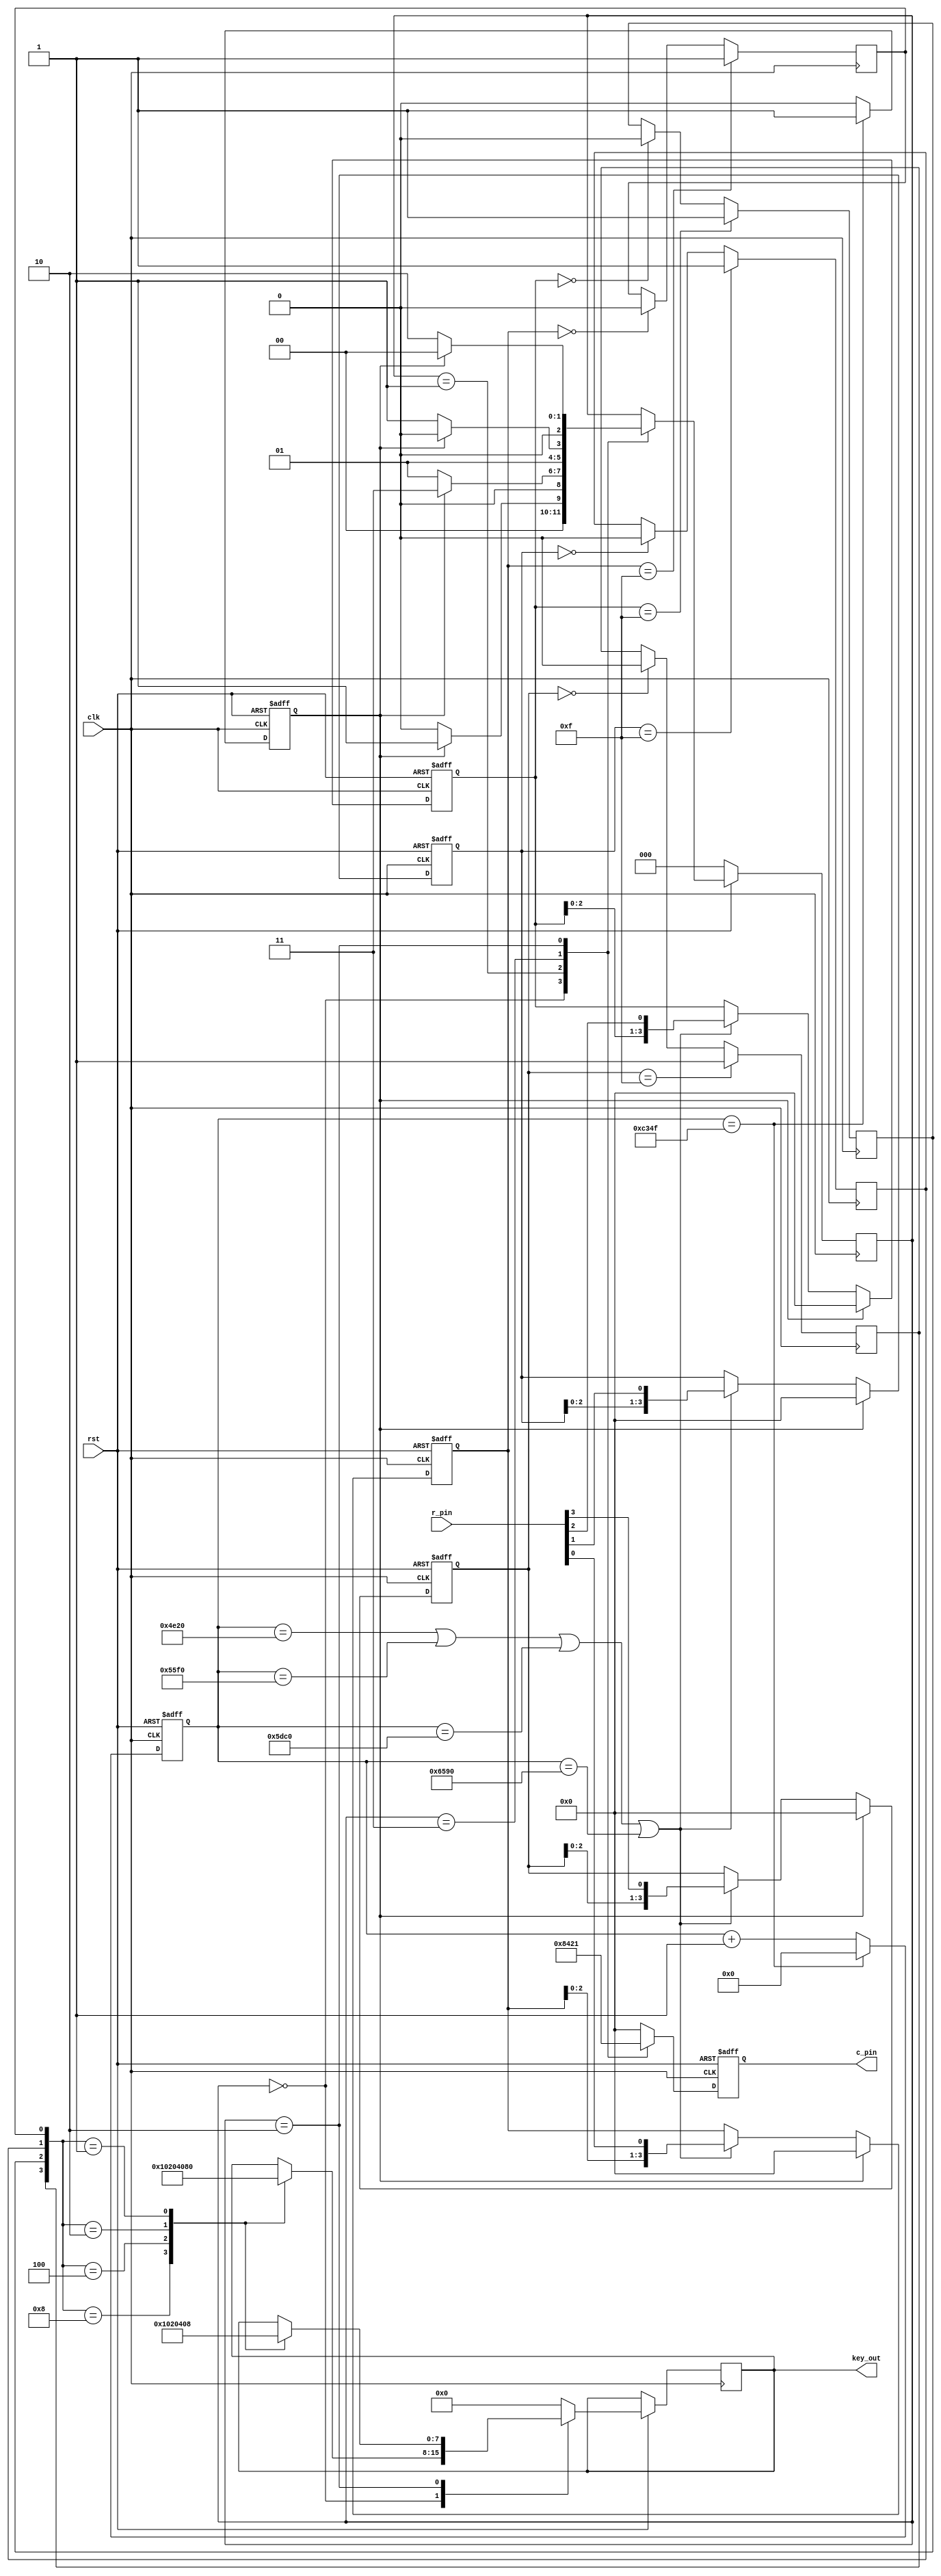
`timescale 1ns / 1ps

module keycontrol(
    input               clk,
    input               rst,
    output reg[3:0]     c_pin,
    input[3:0]          r_pin,
    output reg[7:0]     key_out

  );
  reg[2:0]          state;
  reg[15:0] 		div_cnt;
  reg				cnt_full;
  localparam        CHECK_R1=3'b000;
  localparam        CHECK_R2=3'b001;
  localparam        CHECK_R3=3'b011;
  localparam        CHECK_R4=3'b010;
    //filter out the key jitter
  reg  [3 :0]       r_pin_0buf;
  reg               r_pin_0key;
  reg  [3 :0]       r_pin_1buf;
  reg               r_pin_1key;
  reg  [3 :0]       r_pin_2buf;
  reg               r_pin_2key;
  reg  [3 :0]       r_pin_3buf;
  reg               r_pin_3key;
  wire [3 :0]       r_pin_key;
  always@(posedge clk or negedge rst)begin
    if(!rst)begin
      div_cnt <= 16'd0;
      cnt_full <= 1'b0;
    end
    else
      if(div_cnt==16'd49999)begin
      //if(div_cnt==16'd499)begin
        div_cnt <= 16'd0;
        cnt_full <= 1'b1;
      end
      else begin
        div_cnt <= div_cnt + 1'b1;
        cnt_full <= 1'b0;
      end
  end
  //r_pin_0buf
always@(posedge clk or negedge rst)
begin
    if(!rst)
        r_pin_0buf <= 4'b0000;
    else if ( cnt_full == 1'b1 )
        r_pin_0buf <= 4'b0000;
    else if (( div_cnt == 16'd20000 ) || ( div_cnt == 16'd22000 ) || ( div_cnt == 16'd24000 ) || ( div_cnt == 16'd26000 ))
        r_pin_0buf <= {r_pin_0buf[2:0],r_pin[0]};
    else
        ;
end
always@(posedge clk)
begin
    if ( r_pin_0buf == 4'b1111 )
        r_pin_0key <= 1'b1;
    else if ( r_pin_0buf == 4'b0000 )
        r_pin_0key <= 1'b0;
    else
        ;
end
//r_pin_1buf
always@(posedge clk or negedge rst)
begin
    if(!rst)
        r_pin_1buf <= 4'b0000;
    else if ( cnt_full == 1'b1 )
        r_pin_1buf <= 4'b0000;
    else if (( div_cnt == 16'd20000 ) || ( div_cnt == 16'd22000 ) || ( div_cnt == 16'd24000 ) || ( div_cnt == 16'd26000 ))
        r_pin_1buf <= {r_pin_1buf[2:0],r_pin[1]};
    else
        ;
end
always@(posedge clk)
begin
    if ( r_pin_1buf == 4'b1111 )
        r_pin_1key <= 1'b1;
    else if ( r_pin_1buf == 4'b0000 )
        r_pin_1key <= 1'b0;
    else
        ;
end
//r_pin_2buf
always@(posedge clk or negedge rst)
begin
    if(!rst)
        r_pin_2buf <= 4'b0000;
    else if ( cnt_full == 1'b1 )
        r_pin_2buf <= 4'b0000;
    else if (( div_cnt == 16'd20000 ) || ( div_cnt == 16'd22000 ) || ( div_cnt == 16'd24000 ) || ( div_cnt == 16'd26000 ))
        r_pin_2buf <= {r_pin_2buf[2:0],r_pin[2]};
    else
        ;
end
always@(posedge clk)
begin
    if ( r_pin_2buf == 4'b1111 )
        r_pin_2key <= 1'b1;
    else if ( r_pin_2buf == 4'b0000 )
        r_pin_2key <= 1'b0;
    else
        ;
end
//r_pin_3buf
always@(posedge clk or negedge rst)
begin
    if(!rst)
        r_pin_3buf <= 4'b0000;
    else if ( cnt_full == 1'b1 )
        r_pin_3buf <= 4'b0000;
    else if (( div_cnt == 16'd20000 ) || ( div_cnt == 16'd22000 ) || ( div_cnt == 16'd24000 ) || ( div_cnt == 16'd26000 ))
        r_pin_3buf <= {r_pin_3buf[2:0],r_pin[3]};
    else
        ;
end
always@(posedge clk)
begin
    if ( r_pin_3buf == 4'b1111 )
        r_pin_3key <= 1'b1;
    else if ( r_pin_3buf == 4'b0000 )
        r_pin_3key <= 1'b0;
    else
        ;
end

assign r_pin_key = {r_pin_3key,r_pin_2key,r_pin_1key,r_pin_0key};
  always@(posedge clk)begin
    if(!rst)
      state <= CHECK_R1;
    else
      case(state)
        CHECK_R1:
          if(cnt_full)
            state <= CHECK_R2;
          else
            state <= CHECK_R1;
        CHECK_R2:
          if(cnt_full)
            state <= CHECK_R3;
          else
            state <= CHECK_R2;
        CHECK_R3:
          if(cnt_full)
            state <= CHECK_R4;
          else
            state <= CHECK_R3;
        CHECK_R4:
          if(cnt_full)
            state <= CHECK_R1;
          else
            state <= CHECK_R4;
        default:
          state <= state;
      endcase
  end
  always@(posedge clk or negedge rst)begin
    if(!rst)
      c_pin <= 4'b0000;
    else
      case(state)
        CHECK_R1:begin
          c_pin <= 4'b1000;
          case(r_pin_key)
            4'b1000:key_out <= 8'b0001_0000; //a 
            4'b0100:key_out <= 8'b0010_0000;//3
            4'b0010:key_out <= 8'b0100_0000;//2
            4'b0001:key_out <= 8'b1000_0000;//1
            default:;
          endcase
        end
        CHECK_R2:begin
          c_pin <= 4'b0100;
          key_out <= 8'd0;
        end
        CHECK_R3:begin
          c_pin <= 4'b0010;
          key_out <= 8'd0;
        end
        CHECK_R4:begin
          c_pin <= 4'b0001;
          case(r_pin_key)
            4'b1000:key_out <= 8'b0000_0001;  
            4'b0100:key_out <= 8'b0000_0010;  
            4'b0010:key_out <= 8'b0000_0100;
            4'b0001:key_out <= 8'b0000_1000;  
            default:;
          endcase
        end
        default:begin
          c_pin <= 4'b0000;
          key_out <= 8'd0;
        end
      endcase
  end
endmodule